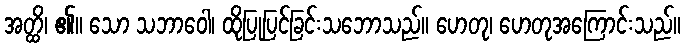
အတ္ထိ၊ ၏။ သော သဘာဝေါ၊ ထိုပြုပြင်ခြင်းသဘောသည်။ ဟေတု၊ ဟေတုအကြောင်းသည်။